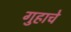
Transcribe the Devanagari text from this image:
गुहाचे